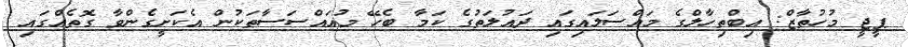
ޕީޖީ މުހުތާޒް: އިބްތިހާލްގެ މައްސަލައިގައި ދައުލަތުގެ ކަމާ ބެހޭ މުއައްސަސާތަކުން އެކަށީގެންވާ ގޮތެއްގައި